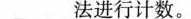
__________法进行计数。